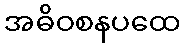
အဓိဝစနပထေ